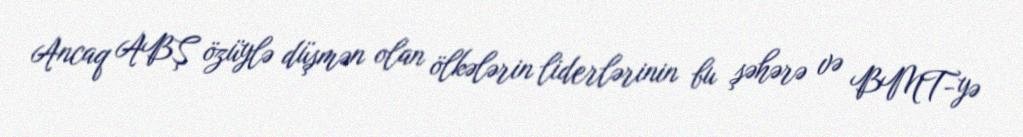
Ancaq ABŞ özüylə düşmən olan ölkələrin liderlərinin bu şəhərə və BMT-yə